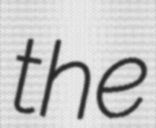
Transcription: the